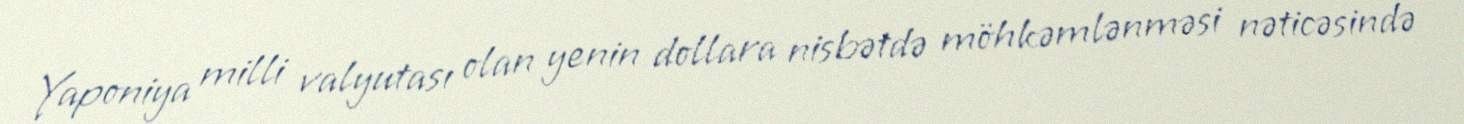
Yaponiya milli valyutası olan yenin dollara nisbətdə möhkəmlənməsi nəticəsində